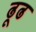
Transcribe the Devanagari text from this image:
ढूढ